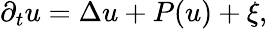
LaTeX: \partial_{t}u=\Delta u+P(u)+\xi,